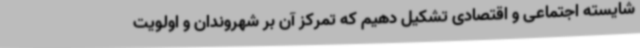
شایسته اجتماعی و اقتصادی تشکیل دهیم که تمرکز آن بر شهروندان و اولویت